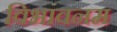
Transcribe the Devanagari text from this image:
विभावनम